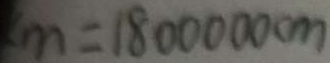
m = 1 8 0 0 0 0 0 c m